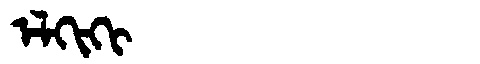
Manchu: ᡝᠯᡴᡳᡴᡳ
Romanization: ELKIKI